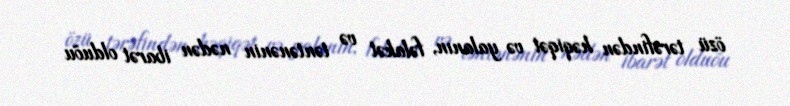
özü tərəfindən həqiqət və yalanın, fəlakət və təntənənin nədən ibarət olduõu